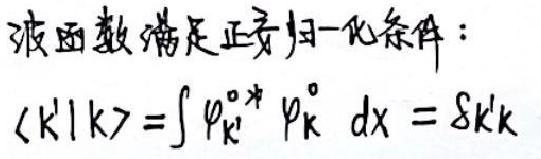
波函数满足正交归一化条件：
$\langle k'|k\rangle=\int\varphi_{k'}^{0*}\varphi_{k}^{0}\mathrm{d}x = \delta_{k'k}$